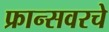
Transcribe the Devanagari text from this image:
फ्रान्सवरचे